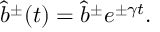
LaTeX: \hat { b } ^ { \pm } ( t ) = \hat { b } ^ { \pm } e ^ { \pm \gamma t } .